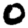
Digit: 0